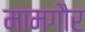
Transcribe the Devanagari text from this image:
मामगौर